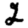
Digit: 2